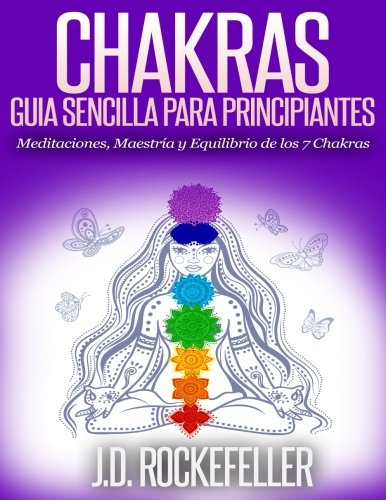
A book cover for Chakras: GuÃ­a Sencilla Para Principiantes: Meditaciones, MaestrÃ­a y Equilibrio de los 7 Chakras (Spanish Edition); J. D. Rockefeller; Religion & Spirituality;